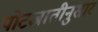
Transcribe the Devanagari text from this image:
पोटजातीनुसार